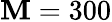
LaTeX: \mathbf{M}=300